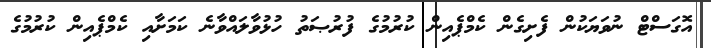
އޮގަސްޓް ނުވަޔަކުން ފެށިގެން ކެމްޕެއިން ކުރުމުގެ ފުރުޞަތު ހުޅުވާލައްވާނެ ކަމަށާއި ކެމްޕެއިން ކުރުމުގެ